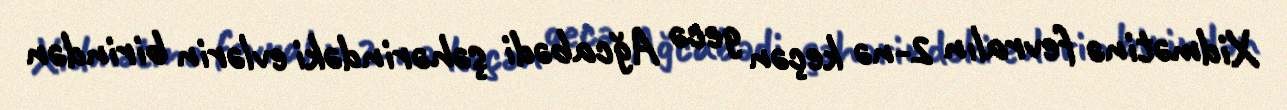
Xidmətinə fevralın 2-nə keçən gecə Ağcabədi şəhərindəki evlərin birindən